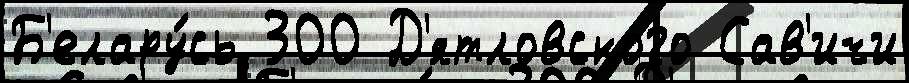
Б'елару́сь 300 Д'ятловского Сав'ичи